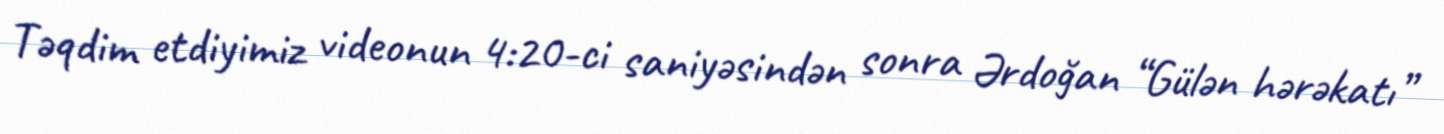
Təqdim etdiyimiz videonun 4:20-ci saniyəsindən sonra Ərdoğan “Gülən hərəkatı”